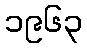
၁၉၆၃